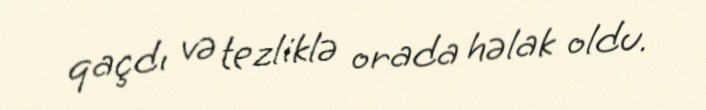
qaçdı və tezliklə orada həlak oldu.